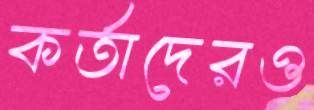
কর্তাদেরও